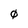
Character: 0